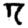
Digit: 7